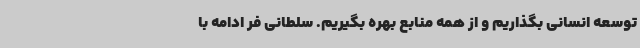
توسعه انسانی بگذاریم و از همه منابع بهره بگیریم. سلطانی فر ادامه با